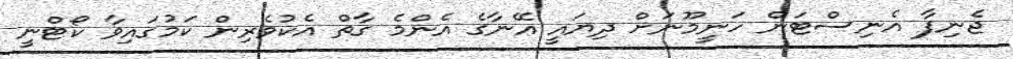
ޖެނިފާ އެނިސްޓަން ހަނީމޫނަށް ދިޔައީ އޭނާގެ އެންމެ ގާތް އެކުވެރިން ކަމުގައިވާ ކޯޓްނީ